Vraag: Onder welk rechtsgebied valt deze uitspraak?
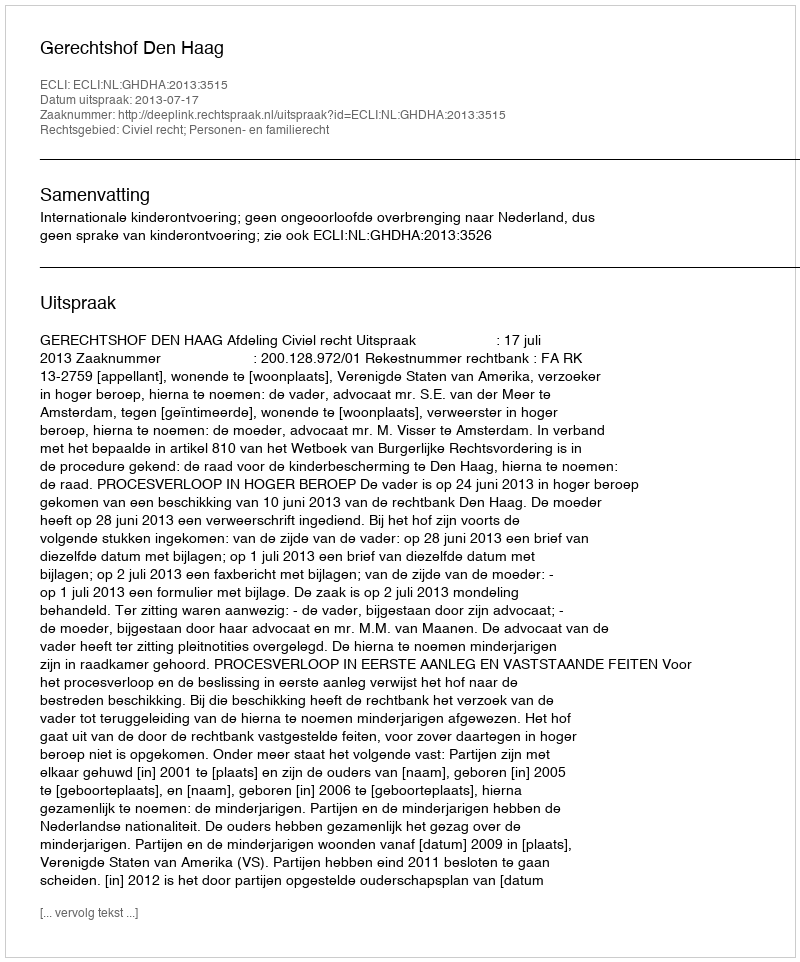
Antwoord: Civiel recht; Personen- en familierecht